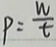
P = \frac { w } { t }